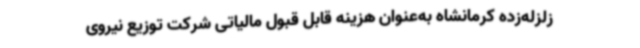
زلزله‌زده کرمانشاه به‌عنوان هزینه قابل قبول مالیاتی شرکت توزیع نیروی